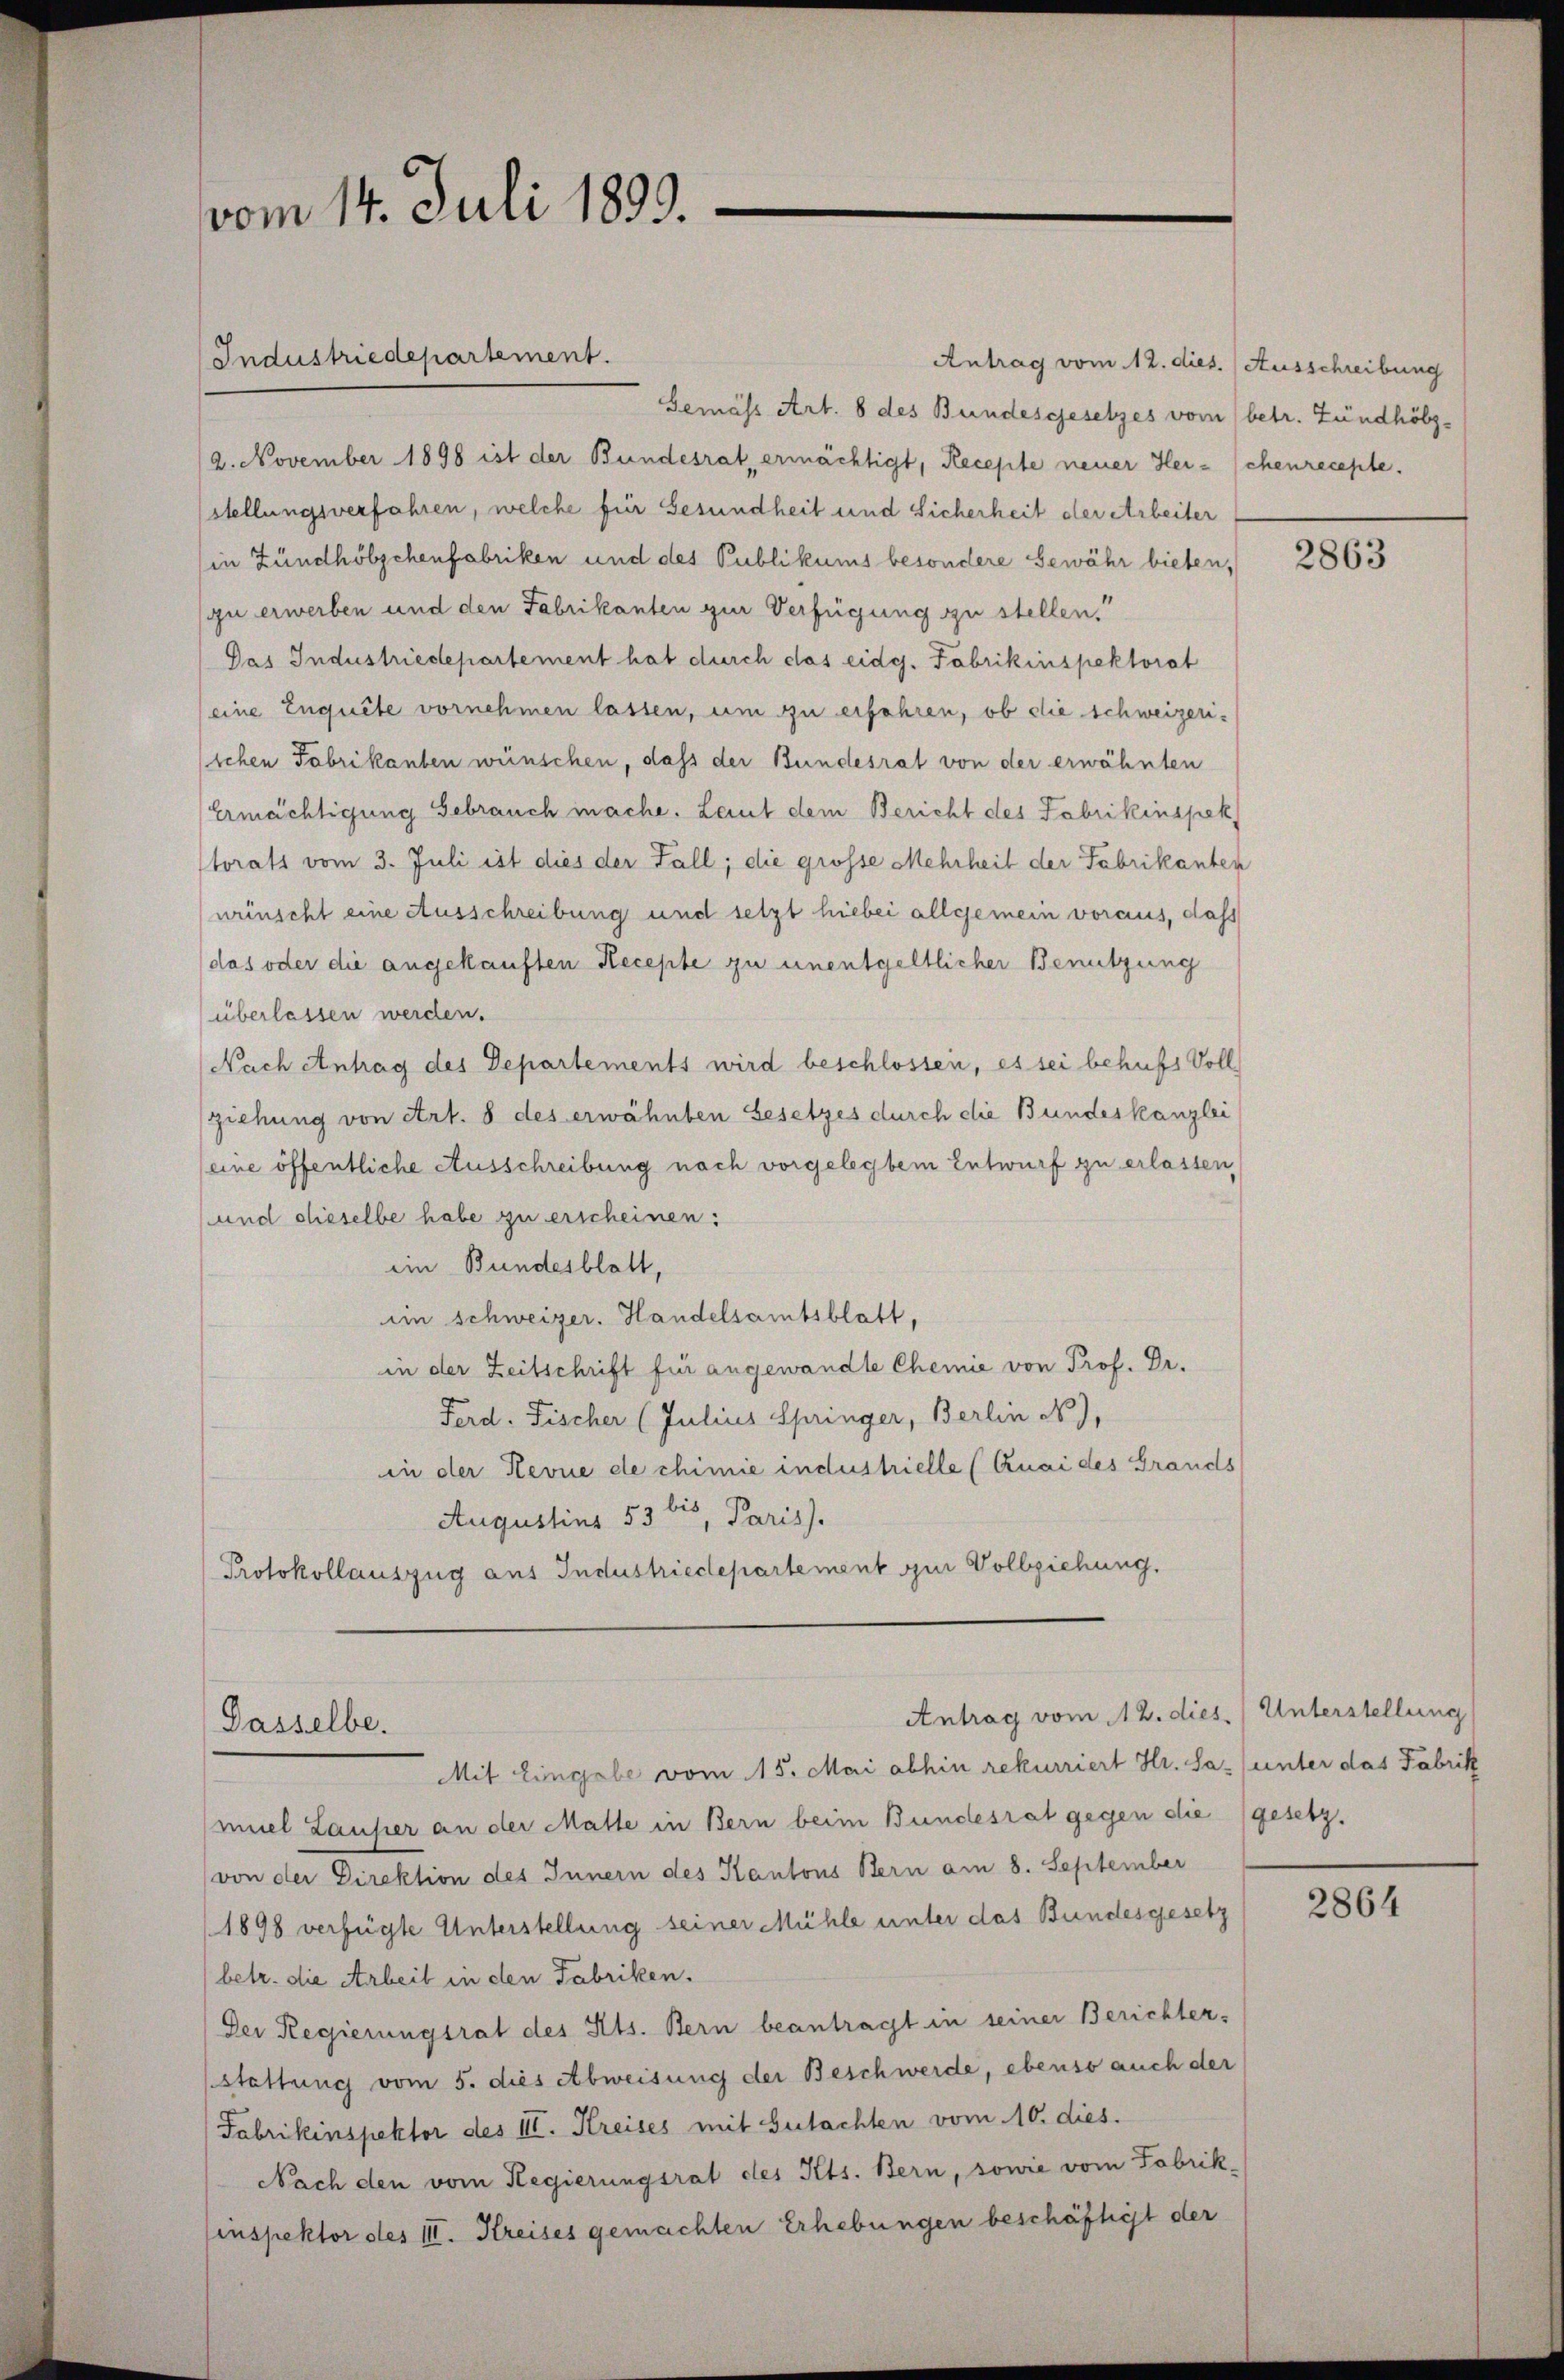
vom 14. Juli 1899.

Gemäss Art. 8 des Bundesgesetzes vom betr. Zündhölz¬
2. November 1898 ist der Bundesrat, ermächtigt, Recepte neuer Hei-chenrecepte.
stellungsverfahren, welche für Gesundheit und Sicherheit der Arbeiter
in Zündhölzchenfabriken und des Publikums besondere Gewähr bieten,
zu erwerben und den Fabrikanten zur Verfügung zu stellen.“
Das Industriedepartement hat durch das eidg. Fabrikinspektorat
(eine Enquête vornehmen lassen, um zu erfahren, ob die schweizerisichen Fabrikanten wünschen, dass der Bundesrat von der erwähnten
Ermächtigung Gebrauch mache. Laut dem Bericht des Fabrikinspek
Storats vom 3. Juli ist dies der Fall; die grosse Mehrheit der Fabrikanten
wünscht eine Ausschreibung und setzt hiebei allgemein voraus, daß
das oder die angekauften Recepte zu unentgeltlicher Benützung
überlassen werden.
Nach Antrag des Departements wird beschlossen, es sei behufs Voll
ziehung von Art. 8 des erwähnten Gesetzes durch die Bundeskanzlei
(eine öffentliche Ausschreibung nach vorgelegtem Entwurf zu erlassen,
und dieselbe habe zu erscheinen:
ein Bundesblatt,
im Schweizer. Handelsamtsblatt,
in der Zeitschrift für angewandte Chemie von Prof. Dr.
Ferd. Fischer (Julius Springer, Berlin N.),
in der Revue de chimie industrielle (Quai des Grands
Augustins 53 des Paris.
Protokollauszug aus Industrieclepartement zur Vollziehung.

Industriedepartement.

Antrag vom 12. dies. (Unterstellung
Dasselbe.
Mit Eingabe vom 15. Mai abhin rekurriert Hr. Sa (unter das Fabrik

Antrag vom 12. dies. (Ausschreibung

miel Lausier an der Malle in Bern beim Bundesrat gegen die (gesetz.
von der Direktion des Innern des Kantons Bern am 8. September
(1898 verfügte Unterstellung seiner Mühle unter das Bundesgesetz
betr. die Arbeit in den Fabriken.
Der Regierungsrat des Kts. Bern beantragt in seiner Berichter-
stattung vom 5. dies Abweisung der Beschwerde, ebenso auch der
Fabrikinspektor des III. Kreises mit Gutachten vom 10. dies.
Nach den vom Regierungsrat des Kts. Bern, sowie vom Fabrik-
inspektor des III. Kreises gemachten Erhebungen beschäftigt der

2863

2864